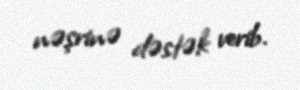
nəşrinə dəstək verib.